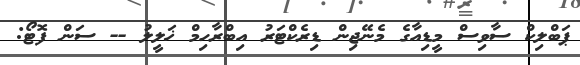
ޕަބްލިކް ސާވިސް މީޑިއާގެ މެނޭޖިން ޑިރެކްޓަރު އިބްރާހިމް ޚަލީލު -- ސަން ފޮޓޯ: